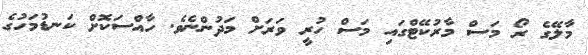
މާލޭގެ ރޯ މަސް މާރުކޭޓްގައި މަސް ހުރީ ވަރަށް މަދުންނެވެ. ހާއްސަކޮށް ކަނޑުމަހުގެ